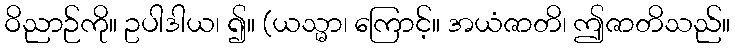
ဝိညာဉ်ကို။ ဥပါဒါယ၊ ၍။ (ယသ္မာ၊ ကြောင့်။ အယံဇာတိ၊ ဤဇာတိသည်။